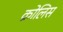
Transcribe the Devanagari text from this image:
क्रोलिस